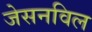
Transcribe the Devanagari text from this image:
जेसनविल